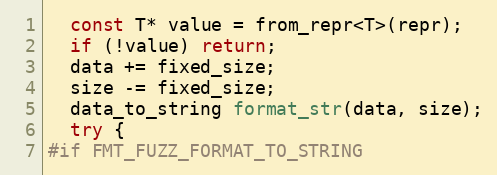
Language: C++
  const T* value = from_repr<T>(repr);
  if (!value) return;
  data += fixed_size;
  size -= fixed_size;
  data_to_string format_str(data, size);
  try {
#if FMT_FUZZ_FORMAT_TO_STRING